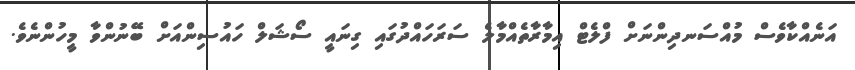
އަނެއްކާވެސް މުއްސަނދިންނަށް ފްލެޓް އިމާރާތެއްމާލެ ސަރަހައްދުގައި ގިނައީ ސޯޝަލް ހައުސިންއަށް ބޭނުންވާ މީހުންނެވެ.